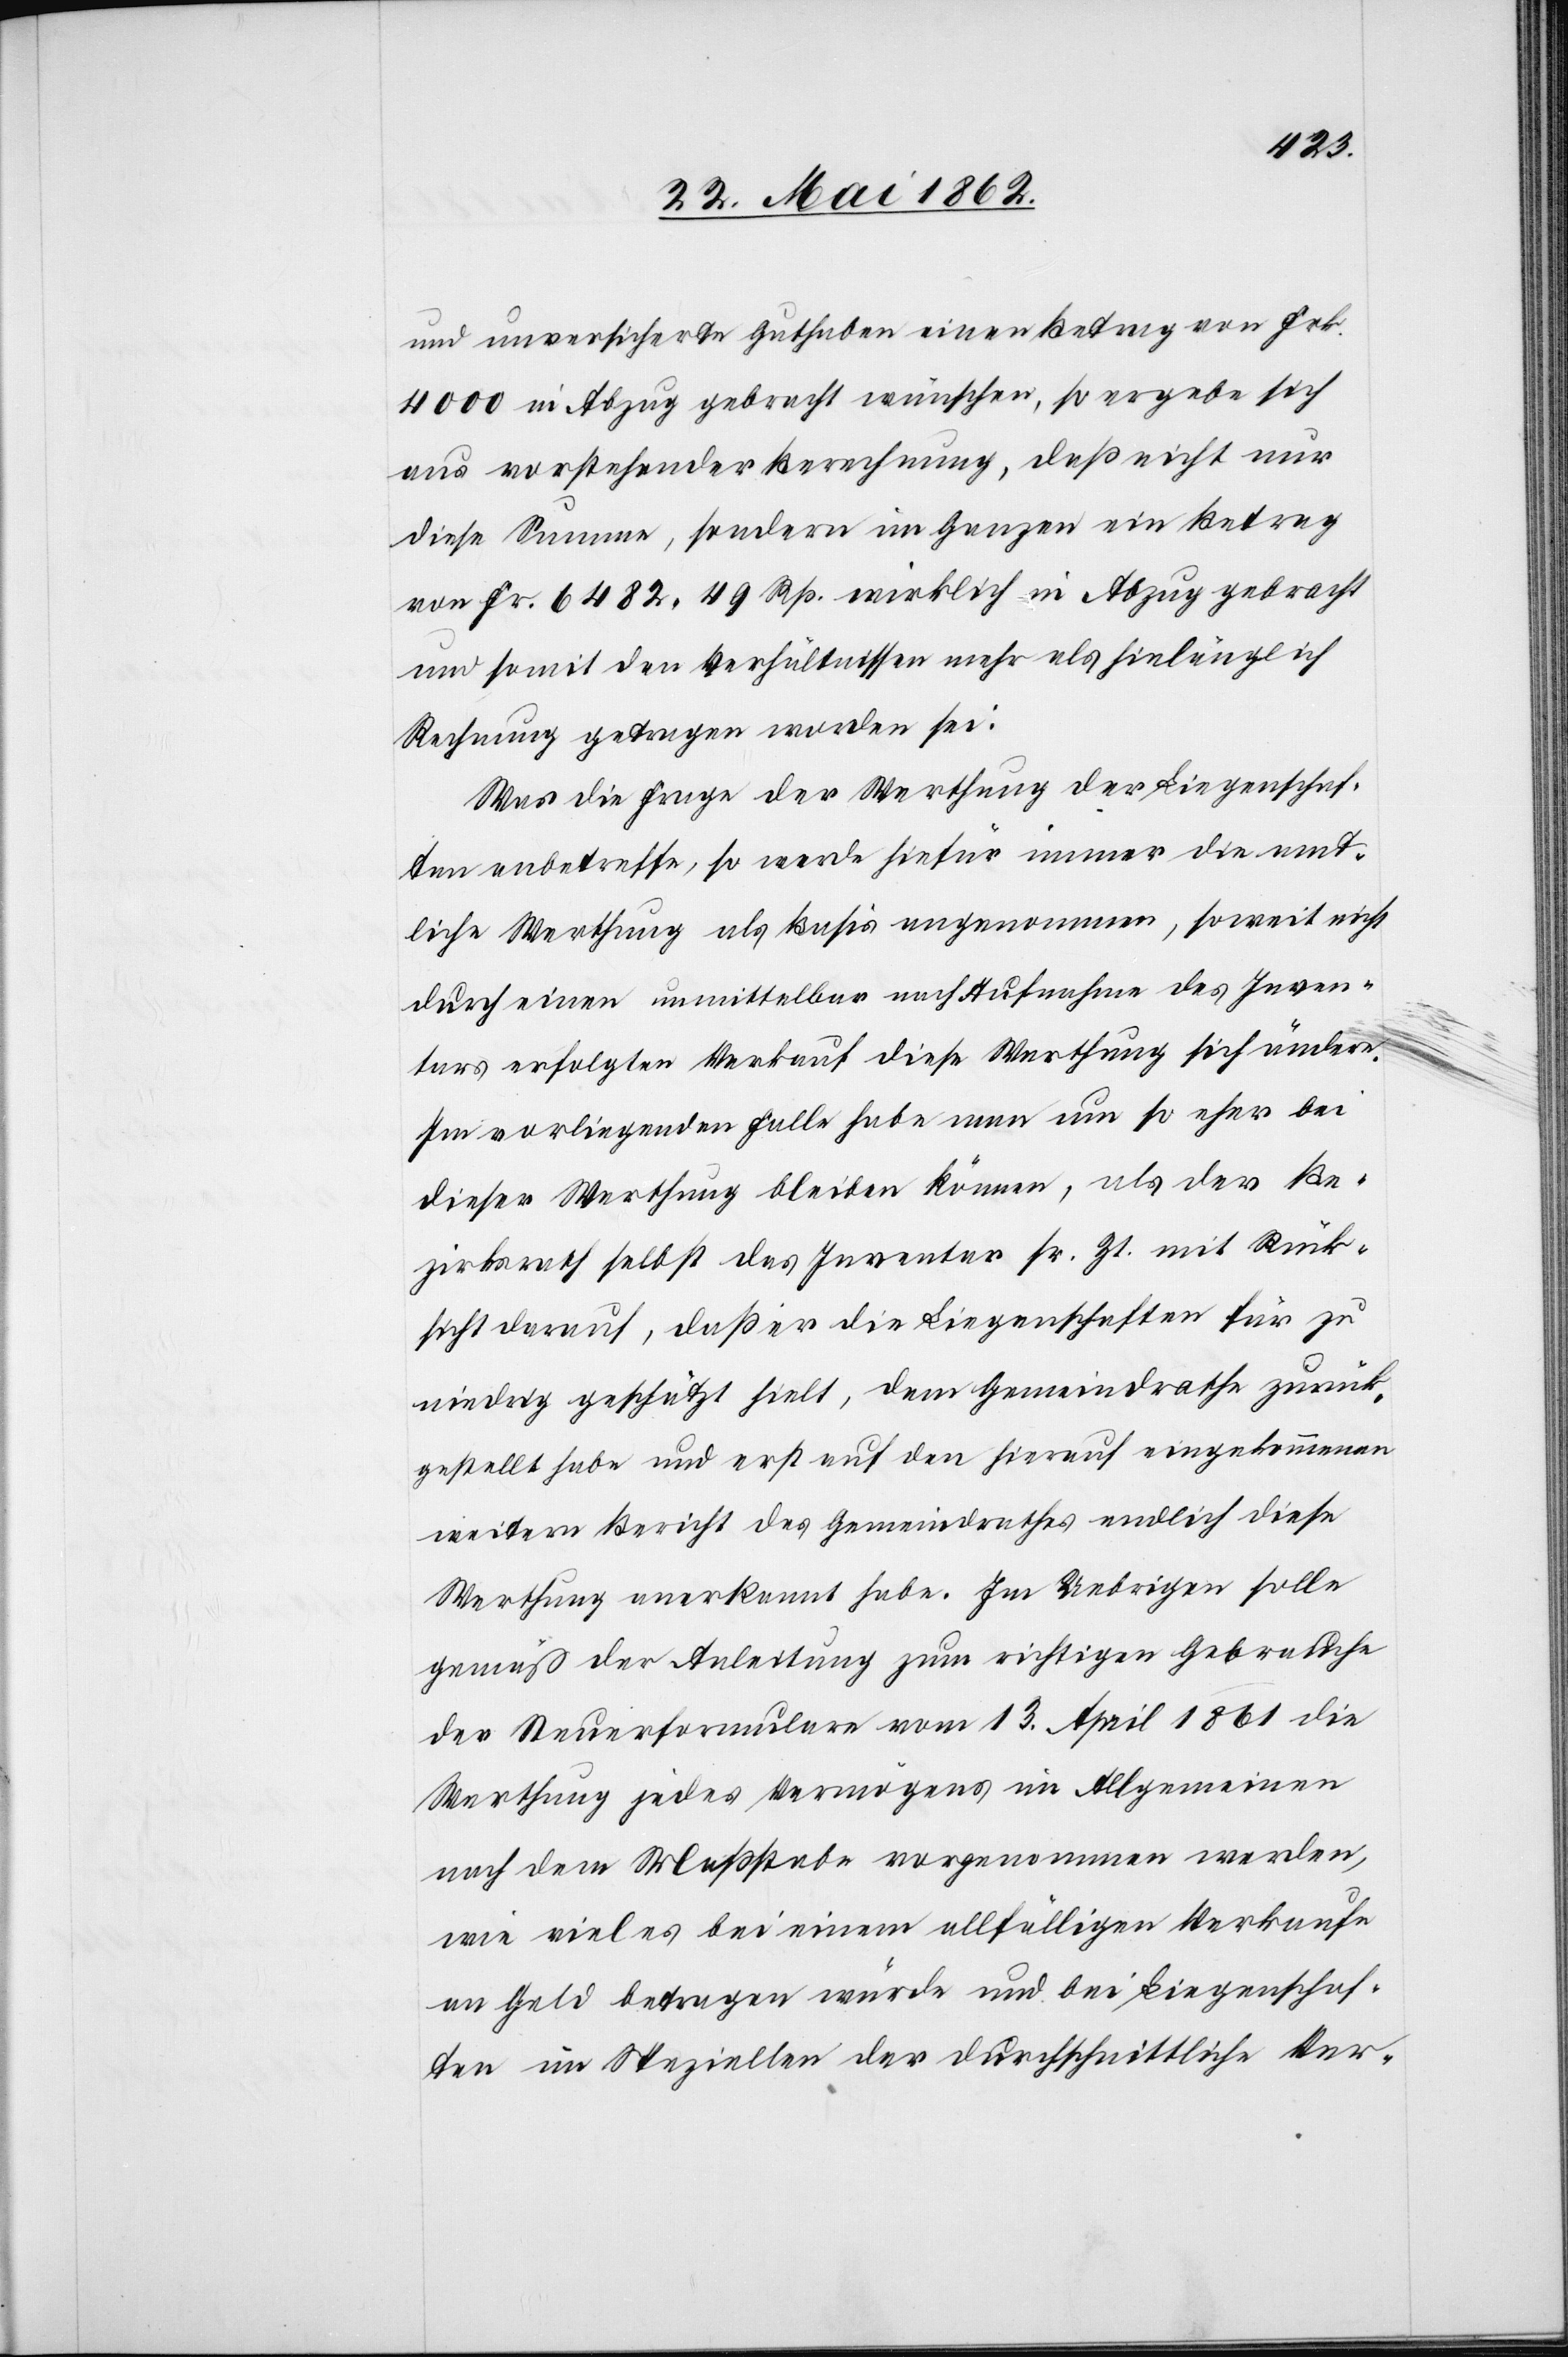
und unversicherte Guthaben einen Betrag von Frk.
4000 in Abzug gebracht wünschen, so ergebe sich
aus vorstehender Berechnung, daß nicht nur
diese Summe, sondern im Ganzen ein Betrag
von Fr. 6482 49 Rp. wirklich in Abzug gebracht
und somit den Verhältnissen mehr als hinlänglich
Rechnung getragen worden sei.
Was die Frage der Werthung der Liegenschaf¬
ten anbetreffe, so werde hiefür immer die amt¬
liche Werthung als Basis angenommen, soweit nicht
durch einen unmittelbar nach Aufnahme des Inven¬
tars erfolgten Verkauf diese Werthung sich ändere.
Im vorliegenden Falle habe man um so eher bei
dieser Werthung bleiben können, als der Be¬
zirksrath selbst das Inventar sr. Zt. mit Rück¬
sicht darauf, daß er die Liegenschaften für zu
niedrig gestützt hielt, dem Gemeindrathe zurück¬
gestellt habe und erst auf den hierauf eingekommenen
weitern Bericht des Gemeindrathes endlich diese
Werthung anerkannt habe. Im Uebrigen solle
gemäß der Anleitung zum richtigen Gebrauche
der Steuerformulare vom 13. April 1861 die
Werthung jedes Vermögens im Allgemeinen
nach dem Maßstabe vorgenommen werden,
wie vieles bei einem allfälligen Verkaufe
an Geld betragen würde und bei Liegenschaf¬
ten im Speziellen der durchschnittliche Ver-